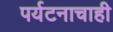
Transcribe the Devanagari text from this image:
पर्यटनाचाही